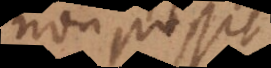
non possi